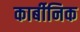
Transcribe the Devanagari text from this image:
कार्बीनिक